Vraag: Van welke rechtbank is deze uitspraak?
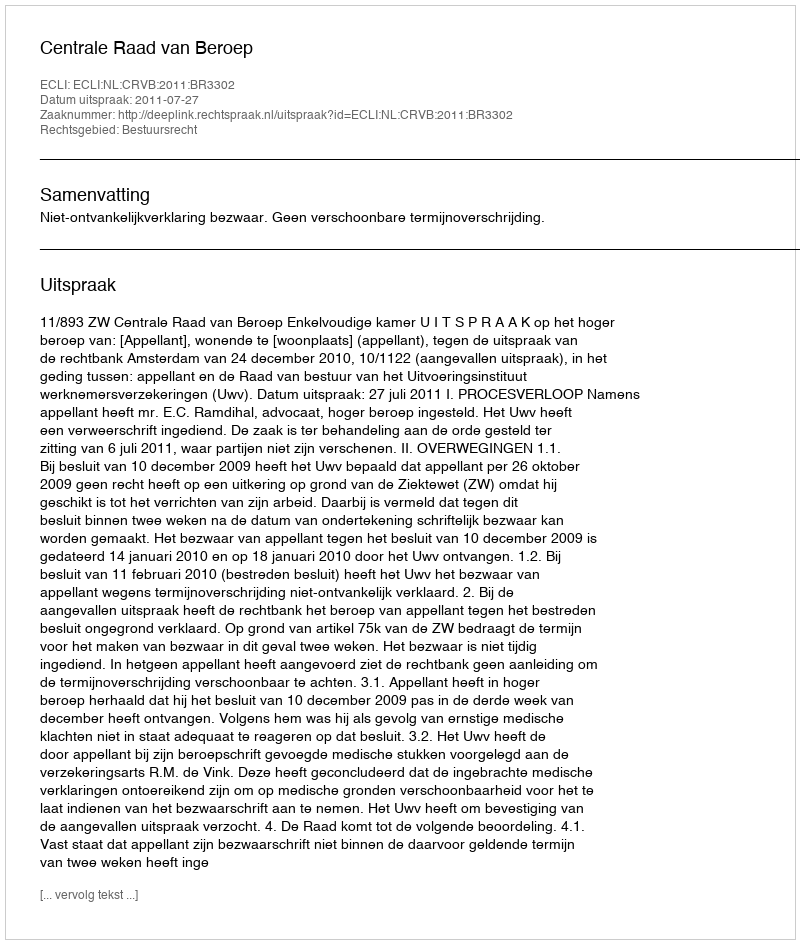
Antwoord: Centrale Raad van Beroep